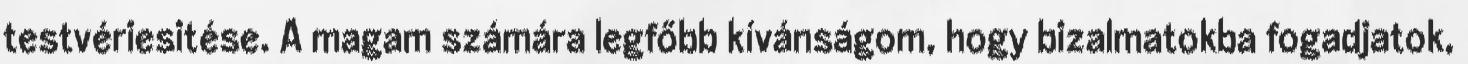
testvériesitése. A magam számára legfőbb kívánságom, hogy bizalmatokba fogadjatok,